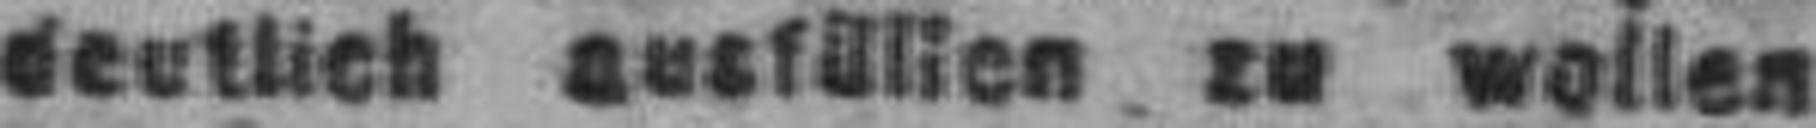
deutlich ausfüllen zu wollen